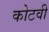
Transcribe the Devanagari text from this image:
कोटवी